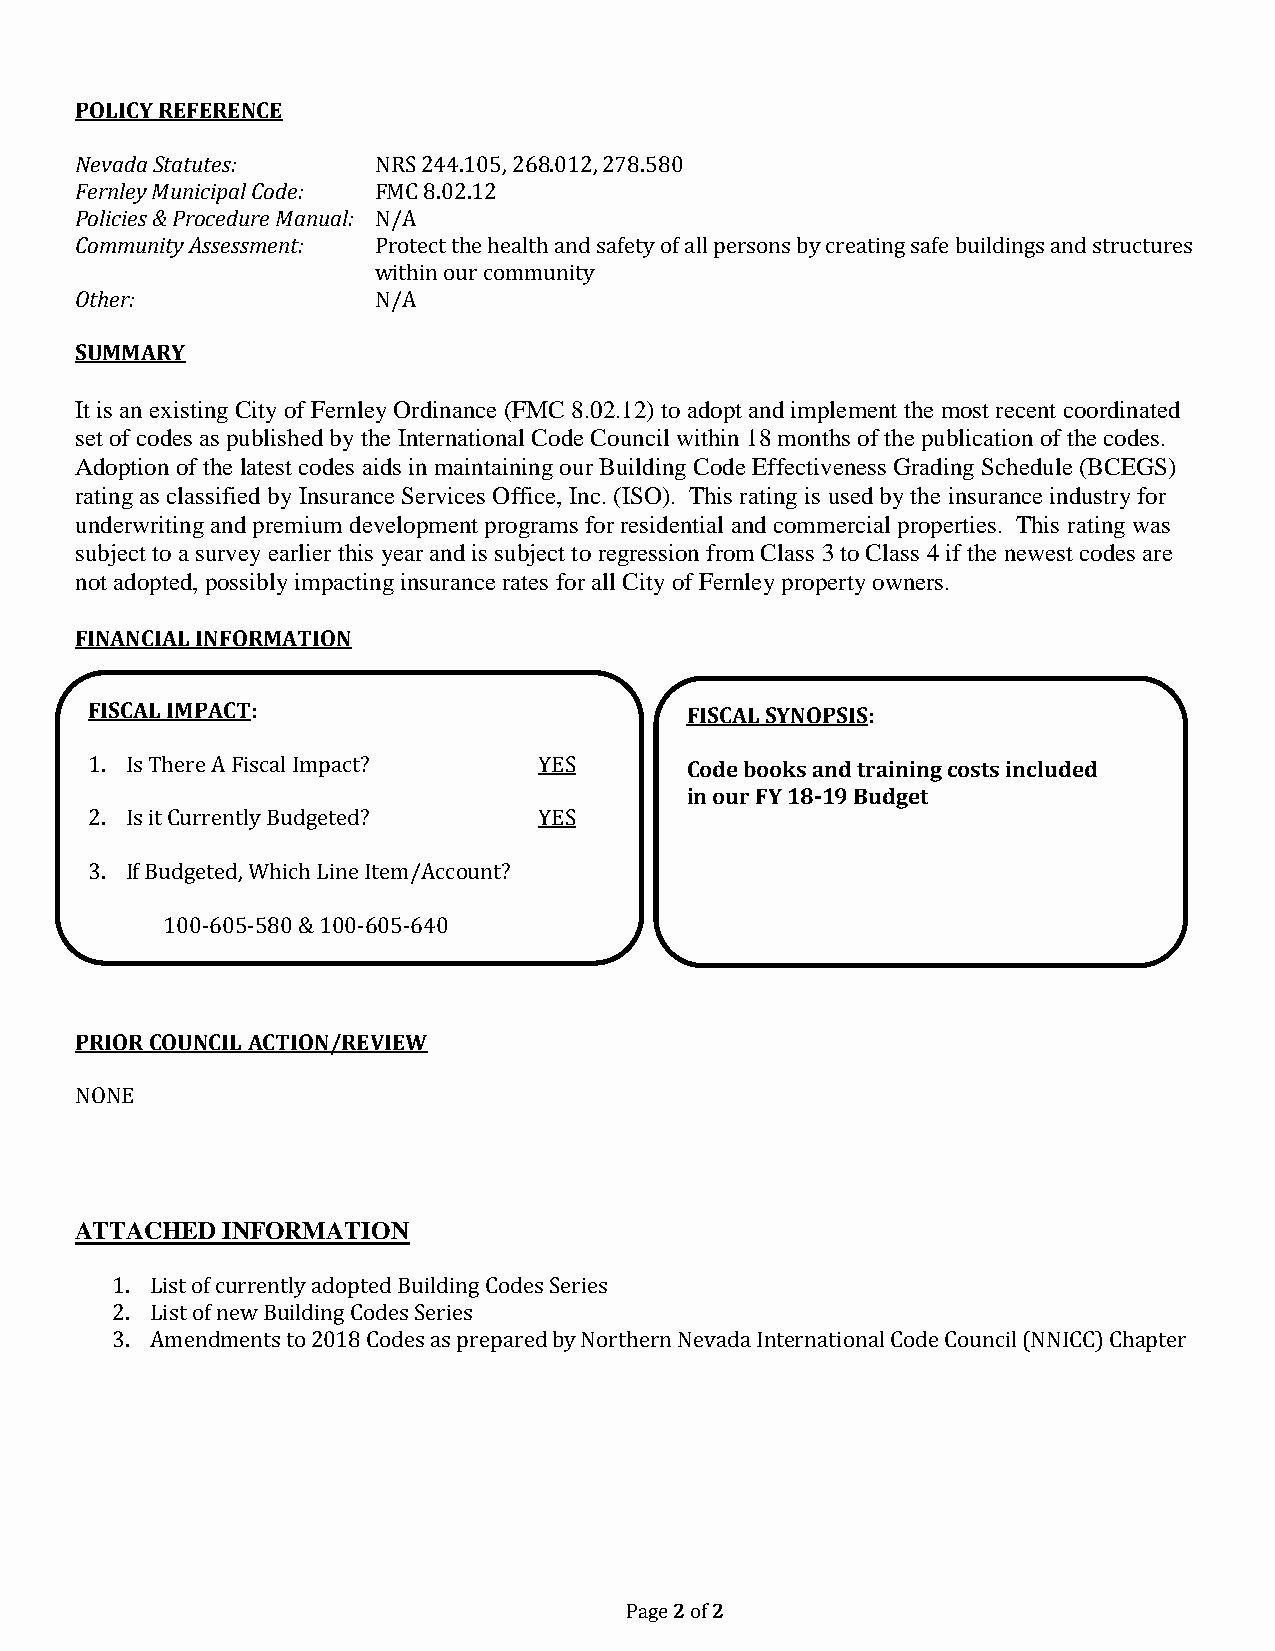
POLICY REFERENCE
 Nevada Statutes:    NRS 244.105, 268.012, 278.580
 Fernley Municipal Code: FMC 8.02.12
 Policies & Procedure Manual: N/A
 Community Assessment: Protect the health and safety of all persons by creating safe buildings and structures
 within our community
 Other:              N/A
 SUMMARY
 It is an existing City of Fernley Ordinance (FMC 8.02.12) to adopt and implement the most recent coordinated
 set of codes as published by the International Code Council within 18 months of the publication of the codes.
 Adoption of the latest codes aids in maintaining our Building Code Effectiveness Grading Schedule (BCEGS)
 rating as classified by Insurance Services Office, Inc. (ISO). This rating is used by the insurance industry for
 underwriting and premium development programs for residential and commercial properties. This rating was
 subject to a survey earlier this year and is subject to regression from Class 3 to Class 4 if the newest codes are
 not adopted, possibly impacting insurance rates for all City of Fernley property owners.
 FINANCIAL INFORMATION
 FISCAL IMPACT:                         FISCAL SYNOPSIS:
 1. Is There A Fiscal Impact?  YES      Code books and training costs included
 in our FY 18-19 Budget
 2. Is it Currently Budgeted?  YES
 3. If Budgeted, Which Line Item/Account?
 100-605-580 & 100-605-640
 PRIOR COUNCIL ACTION/REVIEW
 NONE
 ATTACHED  INFORMATION
 1. List of currently adopted Building Codes Series
 2. List of new Building Codes Series
 3. Amendments to 2018 Codes as prepared by Northern Nevada International Code Council (NNICC) Chapter
 Page 2 of 2